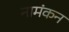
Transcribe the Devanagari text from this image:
नामंकन